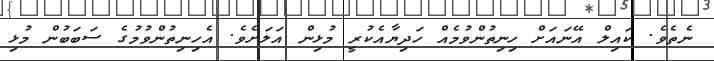
ނެތެވެ. ކައިލް އޭނައަށް ހިނިތުންވުމެއް ހަދިޔާއެކުރީ މުޅިން އަލަށެވެ. އެހިނިތުންވުމުގެ ސަބަބުން މުޅި